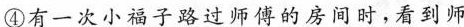
④有一次小子路过师傅的房间时，看到师